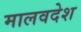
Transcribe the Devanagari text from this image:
मालवदेश